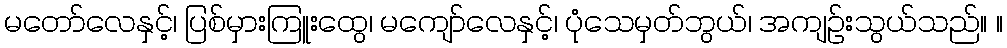
မတော်လေနှင့်၊ ပြစ်မှားကြူးထွေ၊ မကျော်လေနှင့်၊ ပုံသေမှတ်ဘွယ်၊ အကျဉ်းသွယ်သည်။ ။